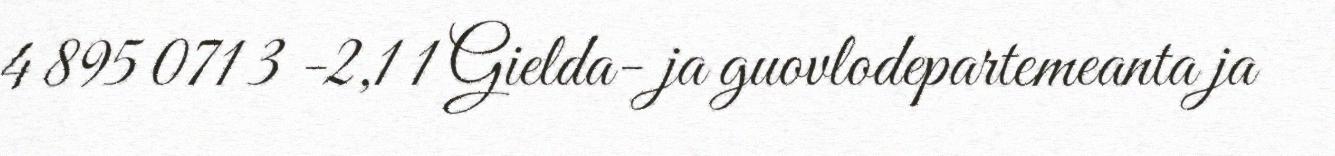
4 895 071 3 -2,1 1 Gielda- ja guovlodepartemeanta ja